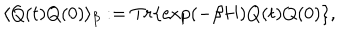
\langle Q ( t ) Q ( 0 ) \rangle _ { \beta } : = T r \{ \exp ( - \beta H ) Q ( t ) Q ( 0 ) \} ,